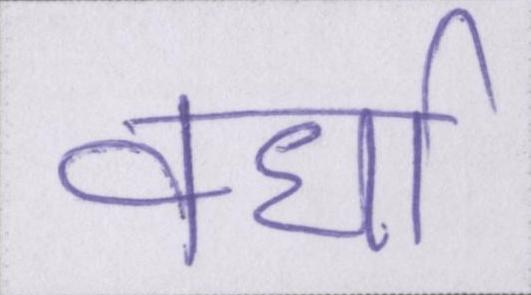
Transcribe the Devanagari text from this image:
वर्धा